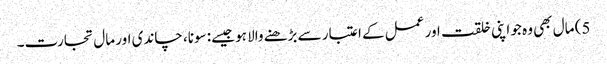
5) مال بھی وہ جو اپنی خلقت اور عمل کے اعتبار سے بڑھنے والا ہو جیسے: سونا، چاندی اور مال تجارت۔